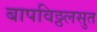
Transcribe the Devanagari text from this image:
बापविठ्ठलसुत